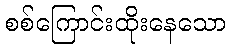
စစ်ကြောင်းထိုးနေသော